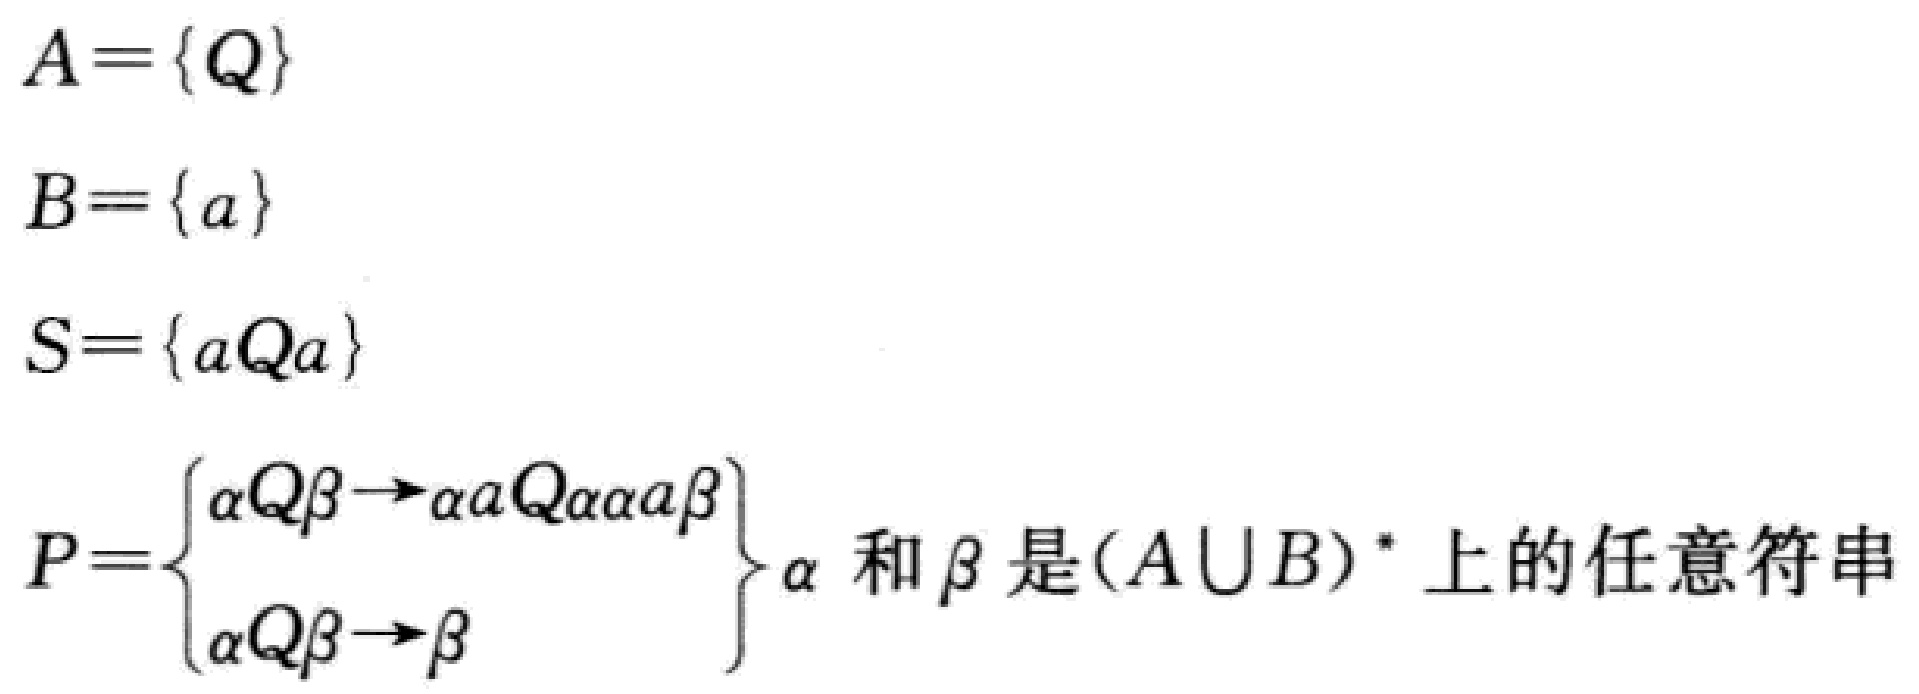
\[

\begin{align*}

A&=\{Q\}\\

B&=\{a\}\\

S&=\{aQa\}\\

P&=\left\{\begin{array}{l}

\alpha Q\beta\rightarrow\alpha aQaa a\beta\\

\alpha Q\beta\rightarrow\beta

\end{array}\right\}\text{ $\alpha$ 和 $\beta$ 是}(A\cup B)^*\text{ 上的任意符串}

\end{align*}

\]